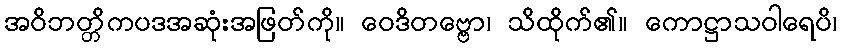
အဝိဘတ္တိကပဒအဆုံးအဖြတ်ကို။ ဝေဒိတဗ္ဗော၊ သိထိုက်၏။ ကောဋ္ဌာသဝါရေပိ၊